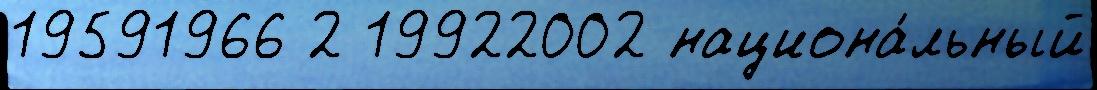
19591966 2 19922002 национа́льный